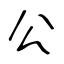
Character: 公